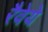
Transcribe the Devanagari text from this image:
रैवेये